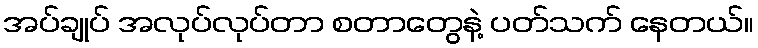
အပ်ချုပ် အလုပ်လုပ်တာ စတာတွေနဲ့ ပတ်သက် နေတယ်။